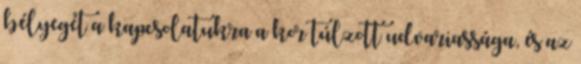
bélyegét a kapcsolatukra a kor túlzott udvariassága, és az